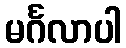
မင်္ဂလာပါ